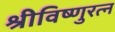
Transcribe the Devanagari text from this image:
श्रीविष्णुरत्न